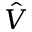
\hat { V }